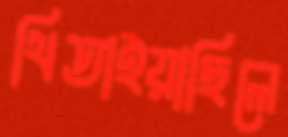
থিতাইয়াছিলে